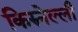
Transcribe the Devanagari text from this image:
किरुनेल्ली